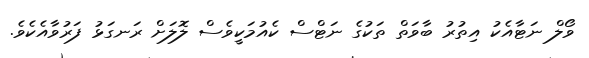
ވޯލް ނަޓާއެކު އިތުރު ބާވަތް ތަކުގެ ނަޓްސް ކެއުމަކީވެސް ލޮލަށް ރަނގަޅު ފަރުވާއެކެވެ.